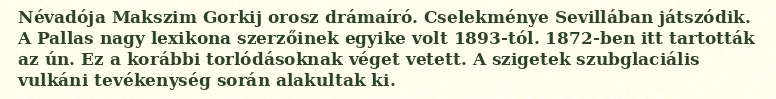
Névadója Makszim Gorkij orosz drámaíró. Cselekménye Sevillában játszódik. A Pallas nagy lexikona szerzőinek egyike volt 1893-tól. 1872-ben itt tartották az ún. Ez a korábbi torlódásoknak véget vetett. A szigetek szubglaciális vulkáni tevékenység során alakultak ki.